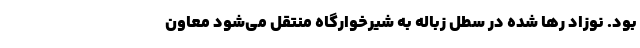
بود. نوزاد رها شده در سطل زباله به شیرخوارگاه منتقل می‌شود معاون